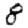
Digit: 8